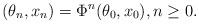
LaTeX: \begin{align*}(\theta_n, x_n) = \Phi^n(\theta_0, x_0), n \geq 0.\end{align*}